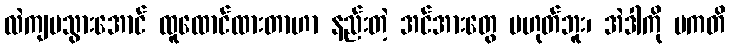
လဲကျမသွားအောင် ထူထောင်ထားတာဟာ နည်းတဲ့ အင်အားတွေ မဟုတ်ဘူး၊ အဲဒါကို ပကတိ